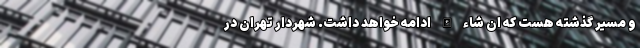
و مسیر گذشته هست که ان شاء الله ادامه خواهد داشت. شهردار تهران در